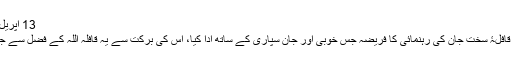
13 اپریل 2019 2019-04-13
سیّدابوالاعلیٰ مودودیؒ نے قافلۂ سخت جان کی رہنمائی کا فریضہ جس خوبی اور جان سپاری کے ساتھ ادا کیا، اس کی برکت سے یہ قافلہ اللہ کے فضل سے جانبِ منزل رواں دواں ہے۔